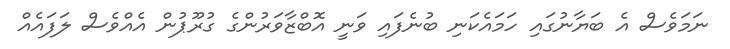
ނަމަވެސް އެ ބަޔާނުގައި ހަމައެކަނި ބުނެފައި ވަނީ އޮބްޒާވަރުންގެ ގުރޫޕުން އެއްވެސް ލަފައެއް